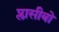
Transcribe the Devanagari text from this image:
प्लासीबो